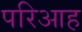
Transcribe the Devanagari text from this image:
परिआह